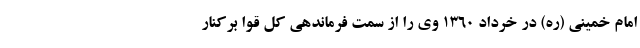
امام خمینی (ره) در خرداد ۱۳۶۰ وی را از سمت فرماندهی کل قوا برکنار